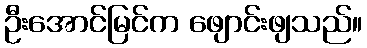
ဦးအောင်မြင်က ဖျောင်းဖျသည်။